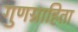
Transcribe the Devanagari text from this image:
गुणग्राहिता